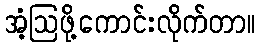
အံ့ဩဖို့ကောင်းလိုက်တာ။